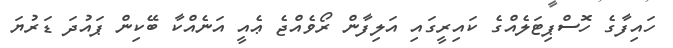
ހައިފާގެ ހޮސްޕިޓަލެއްގެ ކައިރީގައި އަލިފާން ރޯވެއްޖެ ޢެއީ އަނެއްކާ ބޭކިން ޕައުދަ ޑަރުޔަ